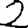
Digit: 2